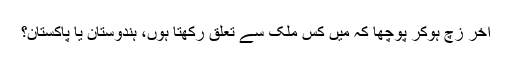
آخر زِچ ہوکر پوچھا کہ میں کس ملک سے تعلق رکھتا ہوں، ہندوستان یا پاکستان؟